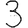
Digit: 3